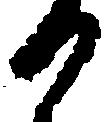
か